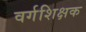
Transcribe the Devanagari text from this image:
वर्गशिक्षक